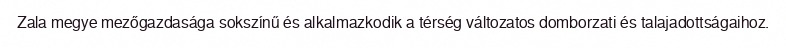
Zala megye mezőgazdasága sokszínű és alkalmazkodik a térség változatos domborzati és talajadottságaihoz.